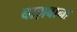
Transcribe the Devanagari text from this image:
बाग़बाना